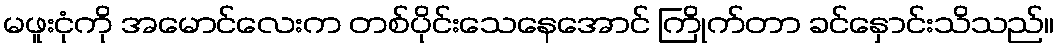
မဖူးငုံကို အမောင်လေးက တစ်ပိုင်းသေနေအောင် ကြိုက်တာ ခင်နှောင်းသိသည်။